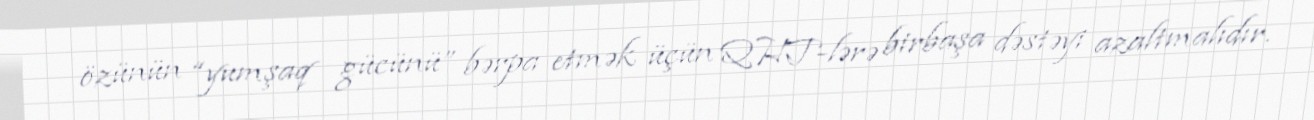
özünün “yumşaq gücünü” bərpa etmək üçün QHT-lərə birbaşa dəstəyi azaltmalıdır.